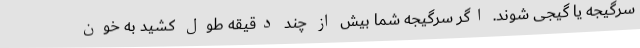
سرگیجه یا گیجی شوند. اگر سرگیجه شما بیش از چند دقیقه طول کشید به خون